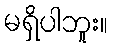
မရှိပါဘူး။